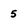
Character: 5